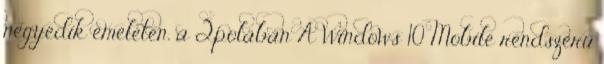
negyedik emeleten, a Qpolában A Windows 10 Mobile rendszerű